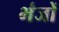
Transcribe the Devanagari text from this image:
भंजों